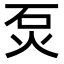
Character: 𤇈